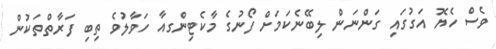
ވެސް ހެޔޮ އަގުގައި ގަންނަން ލިބޭނެކަމަށް ފޯނުގެ މާކެޓިންގއާ ހަވާލުވެ ތިބި ފަރާތްތަކުން